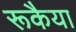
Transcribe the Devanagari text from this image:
रूकैया